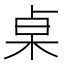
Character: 桌